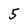
Character: 5